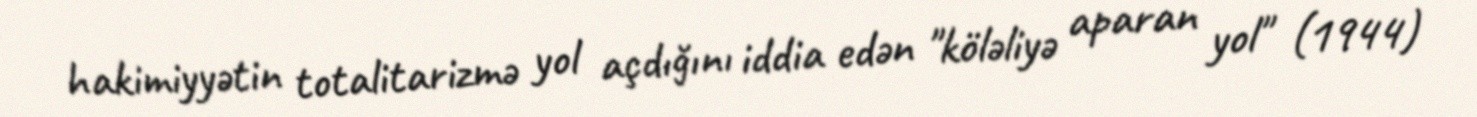
hakimiyyətin totalitarizmə yol açdığını iddia edən "köləliyə aparan yol" (1944)